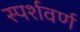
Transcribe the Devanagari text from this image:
स्पर्शवर्ण